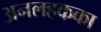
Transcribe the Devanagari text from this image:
अनलहकका